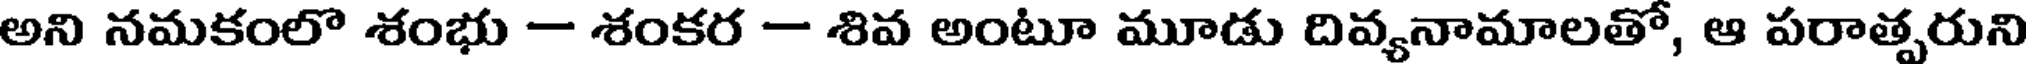
అని నమకంలొ శంభు -- శంకర -- శివ అంటూ మూడు దివ్యనామాలతో, ఆ పరాత్పరుని